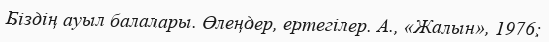
Біздің ауыл балалары. Өлеңдер, ертегілер. А., «Жалын», 1976;